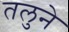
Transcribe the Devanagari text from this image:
तलुने